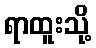
ရာထူးသို့